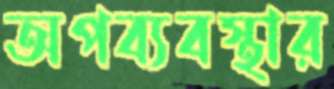
অপব্যবস্থার